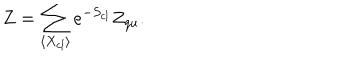
LaTeX: Z = \sum _ { \langle X _ { c l } \rangle } e ^ { - S _ { c l } } Z _ { q u } .